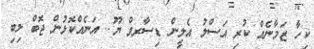
ކިހާ ޒަމާނެއް ކުރި އަސްލު އެލީން ޑިސާރވް ޔޫ.. އަނެއްކޮޅުން ޖޮބް ލިބި